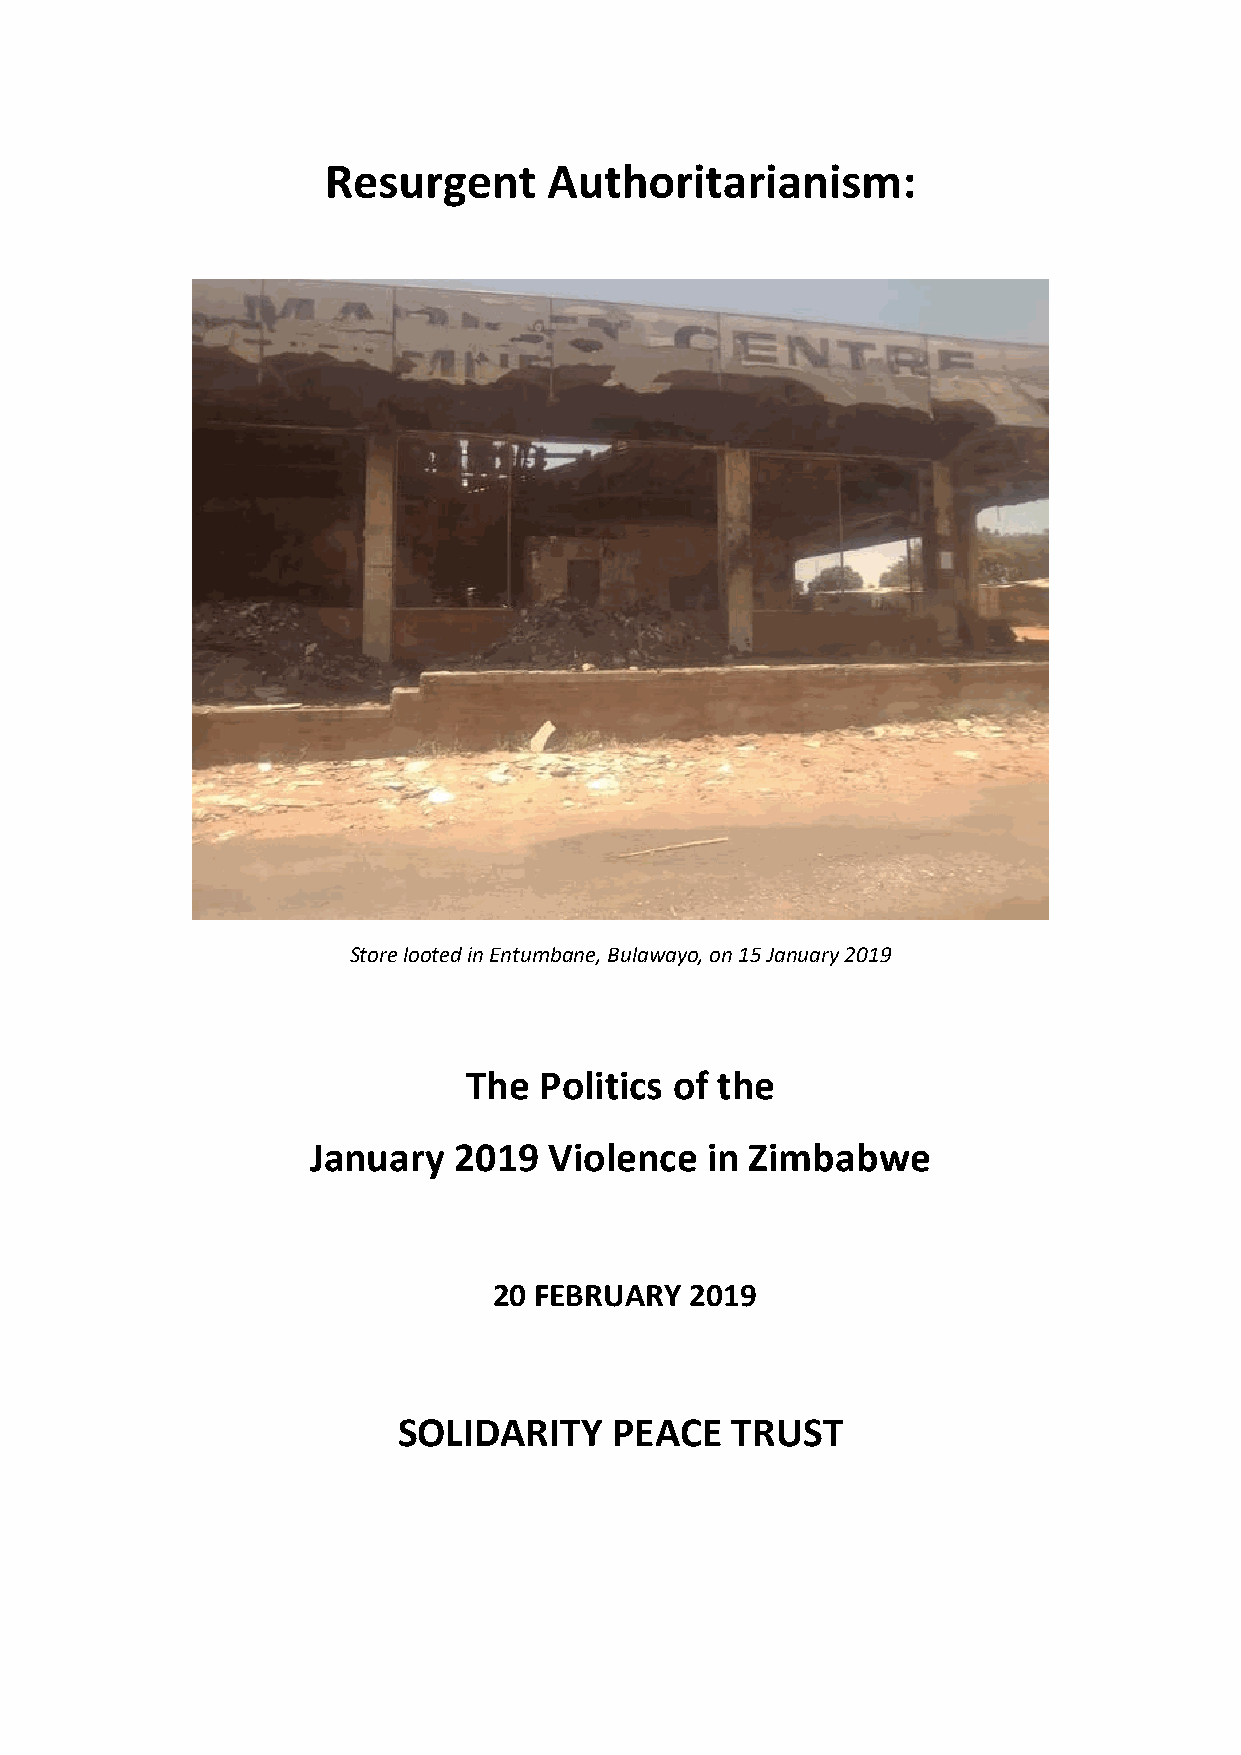
Resurgent     Authoritarianism:
 Store looted in Entumbane, Bulawayo, on 15 January 2019
 The  Politics of the
 January  2019  Violence   in Zimbabwe
 20 FEBRUARY  2019
 SOLIDARITY     PEACE  TRUST